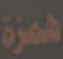
همزة